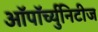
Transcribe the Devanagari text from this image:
ऑपॉर्च्युनिटीज